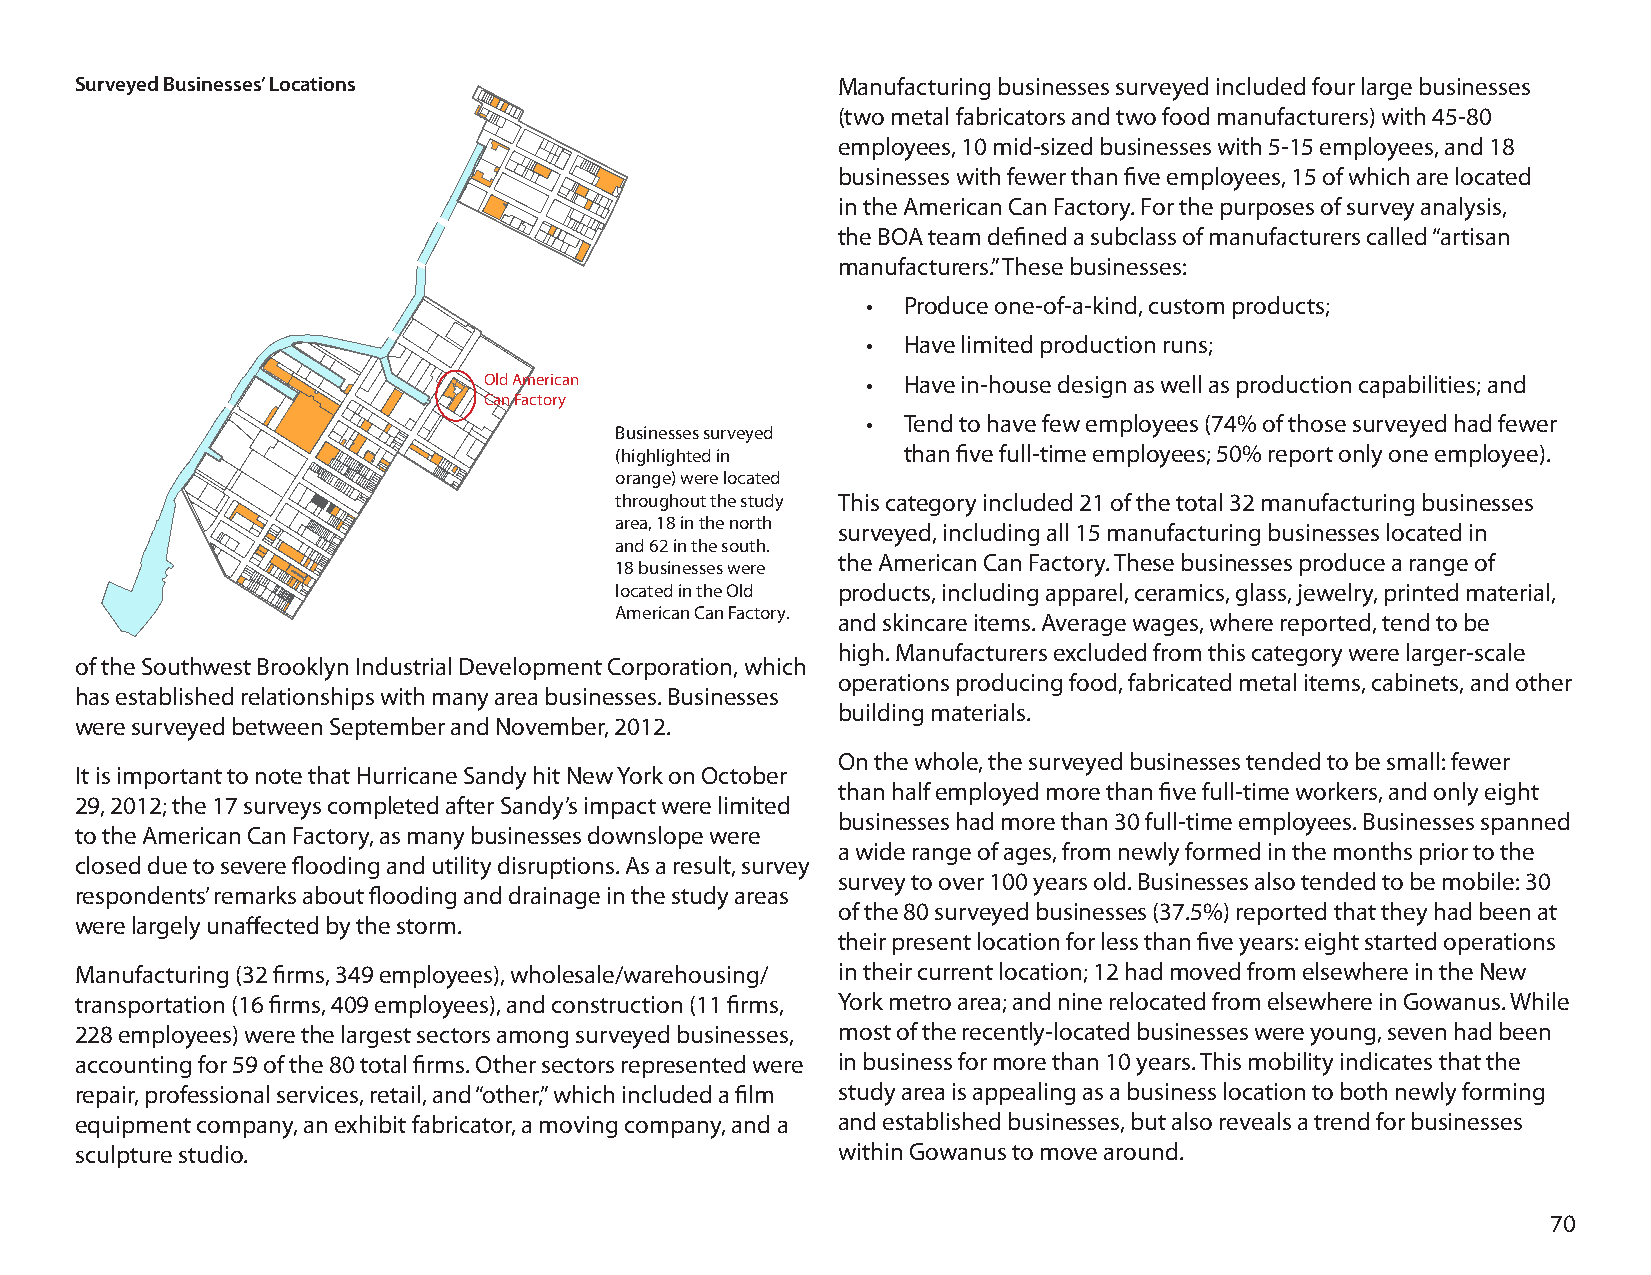
Surveyed Businesses’ Locations                    Manufacturing businesses surveyed included four large businesses
 (two metal fabricators and two food manufacturers) with 45-80
 employees, 10 mid-sized businesses with 5-15 employees, and 18
 businesses with fewer than five employees, 15 of which are located
 in the American Can Factory. For the purposes of survey analysis,
 the BOA team defined a subclass of manufacturers called “artisan
 manufacturers.” These businesses:
 •  Produce one-of-a-kind, custom products;
 •  Have limited production runs;
 Old American             •  Have in-house design as well as production capabilities; and
 Can Factory
 •  Tend to have few employees (74% of those surveyed had fewer
 Businesses surveyed
 (highlighted in    than five full-time employees; 50% report only one employee).
 orange) were located
 throughout the study This category included 21 of the total 32 manufacturing businesses
 area, 18 in the north
 surveyed, including all 15 manufacturing businesses located in
 and 62 in the south.
 the American Can Factory. These businesses produce a range of
 18 businesses were
 located in the Old products, including apparel, ceramics, glass, jewelry, printed material,
 American Can Factory.
 and skincare items. Average wages, where reported, tend to be
 high. Manufacturers excluded from this category were larger-scale
 of the Southwest Brooklyn Industrial Development Corporation, which
 operations producing food, fabricated metal items, cabinets, and other
 has established relationships with many area businesses. Businesses
 building materials.
 were surveyed between September and November, 2012.
 On the whole, the surveyed businesses tended to be small: fewer
 It is important to note that Hurricane Sandy hit New York on October
 than half employed more than five full-time workers, and only eight
 29, 2012; the 17 surveys completed after Sandy’s impact were limited
 businesses had more than 30 full-time employees. Businesses spanned
 to the American Can Factory, as many businesses downslope were
 a wide range of ages, from newly formed in the months prior to the
 closed due to severe flooding and utility disruptions. As a result, survey
 survey to over 100 years old. Businesses also tended to be mobile: 30
 respondents’ remarks about flooding and drainage in the study areas
 of the 80 surveyed businesses (37.5%) reported that they had been at
 were largely unaffected by the storm.
 their present location for less than five years: eight started operations
 Manufacturing (32 firms, 349 employees), wholesale/warehousing/ in their current location; 12 had moved from elsewhere in the New
 transportation (16 firms, 409 employees), and construction (11 firms, York metro area; and nine relocated from elsewhere in Gowanus. While
 228 employees) were the largest sectors among surveyed businesses, most of the recently-located businesses were young, seven had been
 accounting for 59 of the 80 total firms. Other sectors represented were in business for more than 10 years. This mobility indicates that the
 repair, professional services, retail, and “other,” which included a film study area is appealing as a business location to both newly forming
 equipment company, an exhibit fabricator, a moving company, and a and established businesses, but also reveals a trend for businesses
 sculpture studio.                                 within Gowanus to move around.
 70